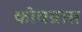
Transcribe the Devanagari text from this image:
कोचग्रास